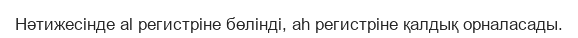
Нәтижесінде al регистріне бөлінді, ah регистріне қалдық орналасады.